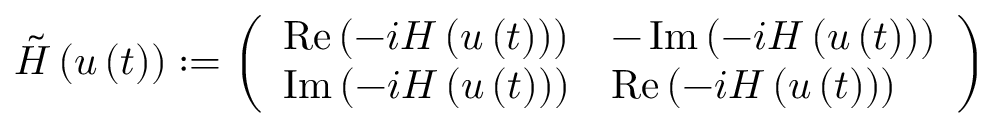
\tilde { H } \left( u \left( t \right) \right) : = \left( \begin{array} { l l } { \operatorname { R e } \left( - i H \left( u \left( t \right) \right) \right) } & { - \operatorname { I m } \left( - i H \left( u \left( t \right) \right) \right) } \\ { \operatorname { I m } \left( - i H \left( u \left( t \right) \right) \right) } & { \operatorname { R e } \left( - i H \left( u \left( t \right) \right) \right) } \end{array} \right)